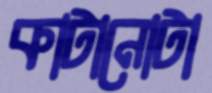
কাটানোটা